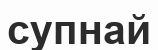
супнай